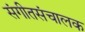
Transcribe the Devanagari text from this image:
संगीतसंचालक